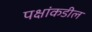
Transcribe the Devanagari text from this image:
पक्षांकडील